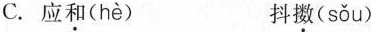
C.应和( hè ) 抖擞( sǒu )